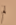
لم